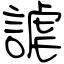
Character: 謔